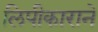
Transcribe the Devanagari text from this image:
लिपीकाराने